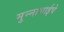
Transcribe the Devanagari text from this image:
मुन्नाभाईचे